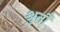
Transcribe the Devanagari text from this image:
श्रुतौ